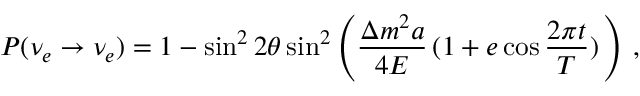
P ( \nu _ { e } \to \nu _ { e } ) = 1 - \sin ^ { 2 } 2 \theta \sin ^ { 2 } \left( \frac { \Delta m ^ { 2 } a } { 4 E } \, ( 1 + e \cos \frac { 2 \pi t } { T } ) \, \right) \, ,